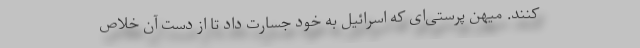
کنند. میهن پرستی‌ای که اسرائیل به خود جسارت داد تا از دست آن خلاص